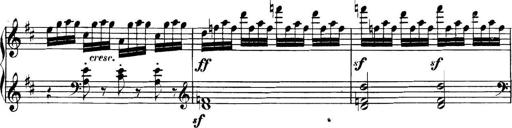
Title: Collected Piano Sonatas
Composer: Muzio Clementi